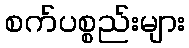
စက်ပစ္စည်းများ